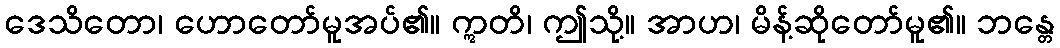
ဒေသိတော၊ ဟောတော်မူအပ်၏။ ဣတိ၊ ဤသို့။ အာဟ၊ မိန့်ဆိုတော်မူ၏။ ဘန္တေ